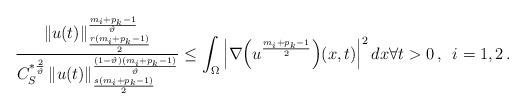
LaTeX: \begin{align*}\frac{\left\| u(t) \right\|_{\frac{r(m_i+p_k-1)}{2}}^{\frac{m_i+p_k-1}{\vartheta}}}{C_S^{\ast\frac{2}{\vartheta}} \left\| u(t) \right\|^{\frac{(1-\vartheta)(m_i+p_k-1)}{\vartheta}}_{\frac{s(m_i+p_k-1)}{2}} } \le \int_{\Omega} \left| \nabla\!\left(u^{\frac{m_i+p_k-1}{2}}\right)\!(x,t)\right|^2 dx \forall t > 0 \, , \ \, i=1,2 \, .\end{align*}